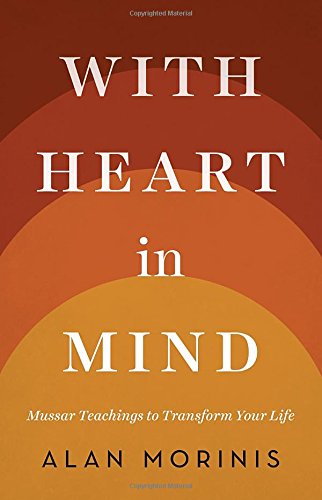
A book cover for With Heart in Mind: Mussar Teachings to Transform Your Life; Alan Morinis; Religion & Spirituality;